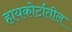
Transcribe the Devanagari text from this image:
हायकोर्टातील